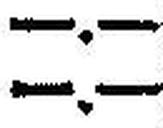
—.—